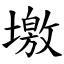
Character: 墽